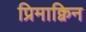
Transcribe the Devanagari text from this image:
प्रिमाक्विन